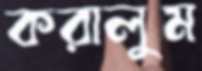
করালুম